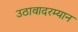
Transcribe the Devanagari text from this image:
उठावादरम्यान